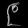
Digit: ၉